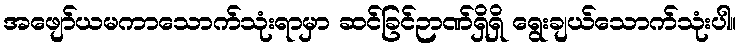
အဖျော်ယမကာသောက်သုံးရာမှာ ဆင်ခြင်ဉာဏ်ရှိရှိ ရွေးချယ်သောက်သုံးပါ။